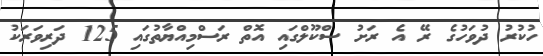
ހުކުރު ދުވަހުގެ ރޭ އެ ރަށު ސްކޫލްގައި އޮތް ރަސްމިއްޔާތުގައި 125 ދަރިވަރަކު